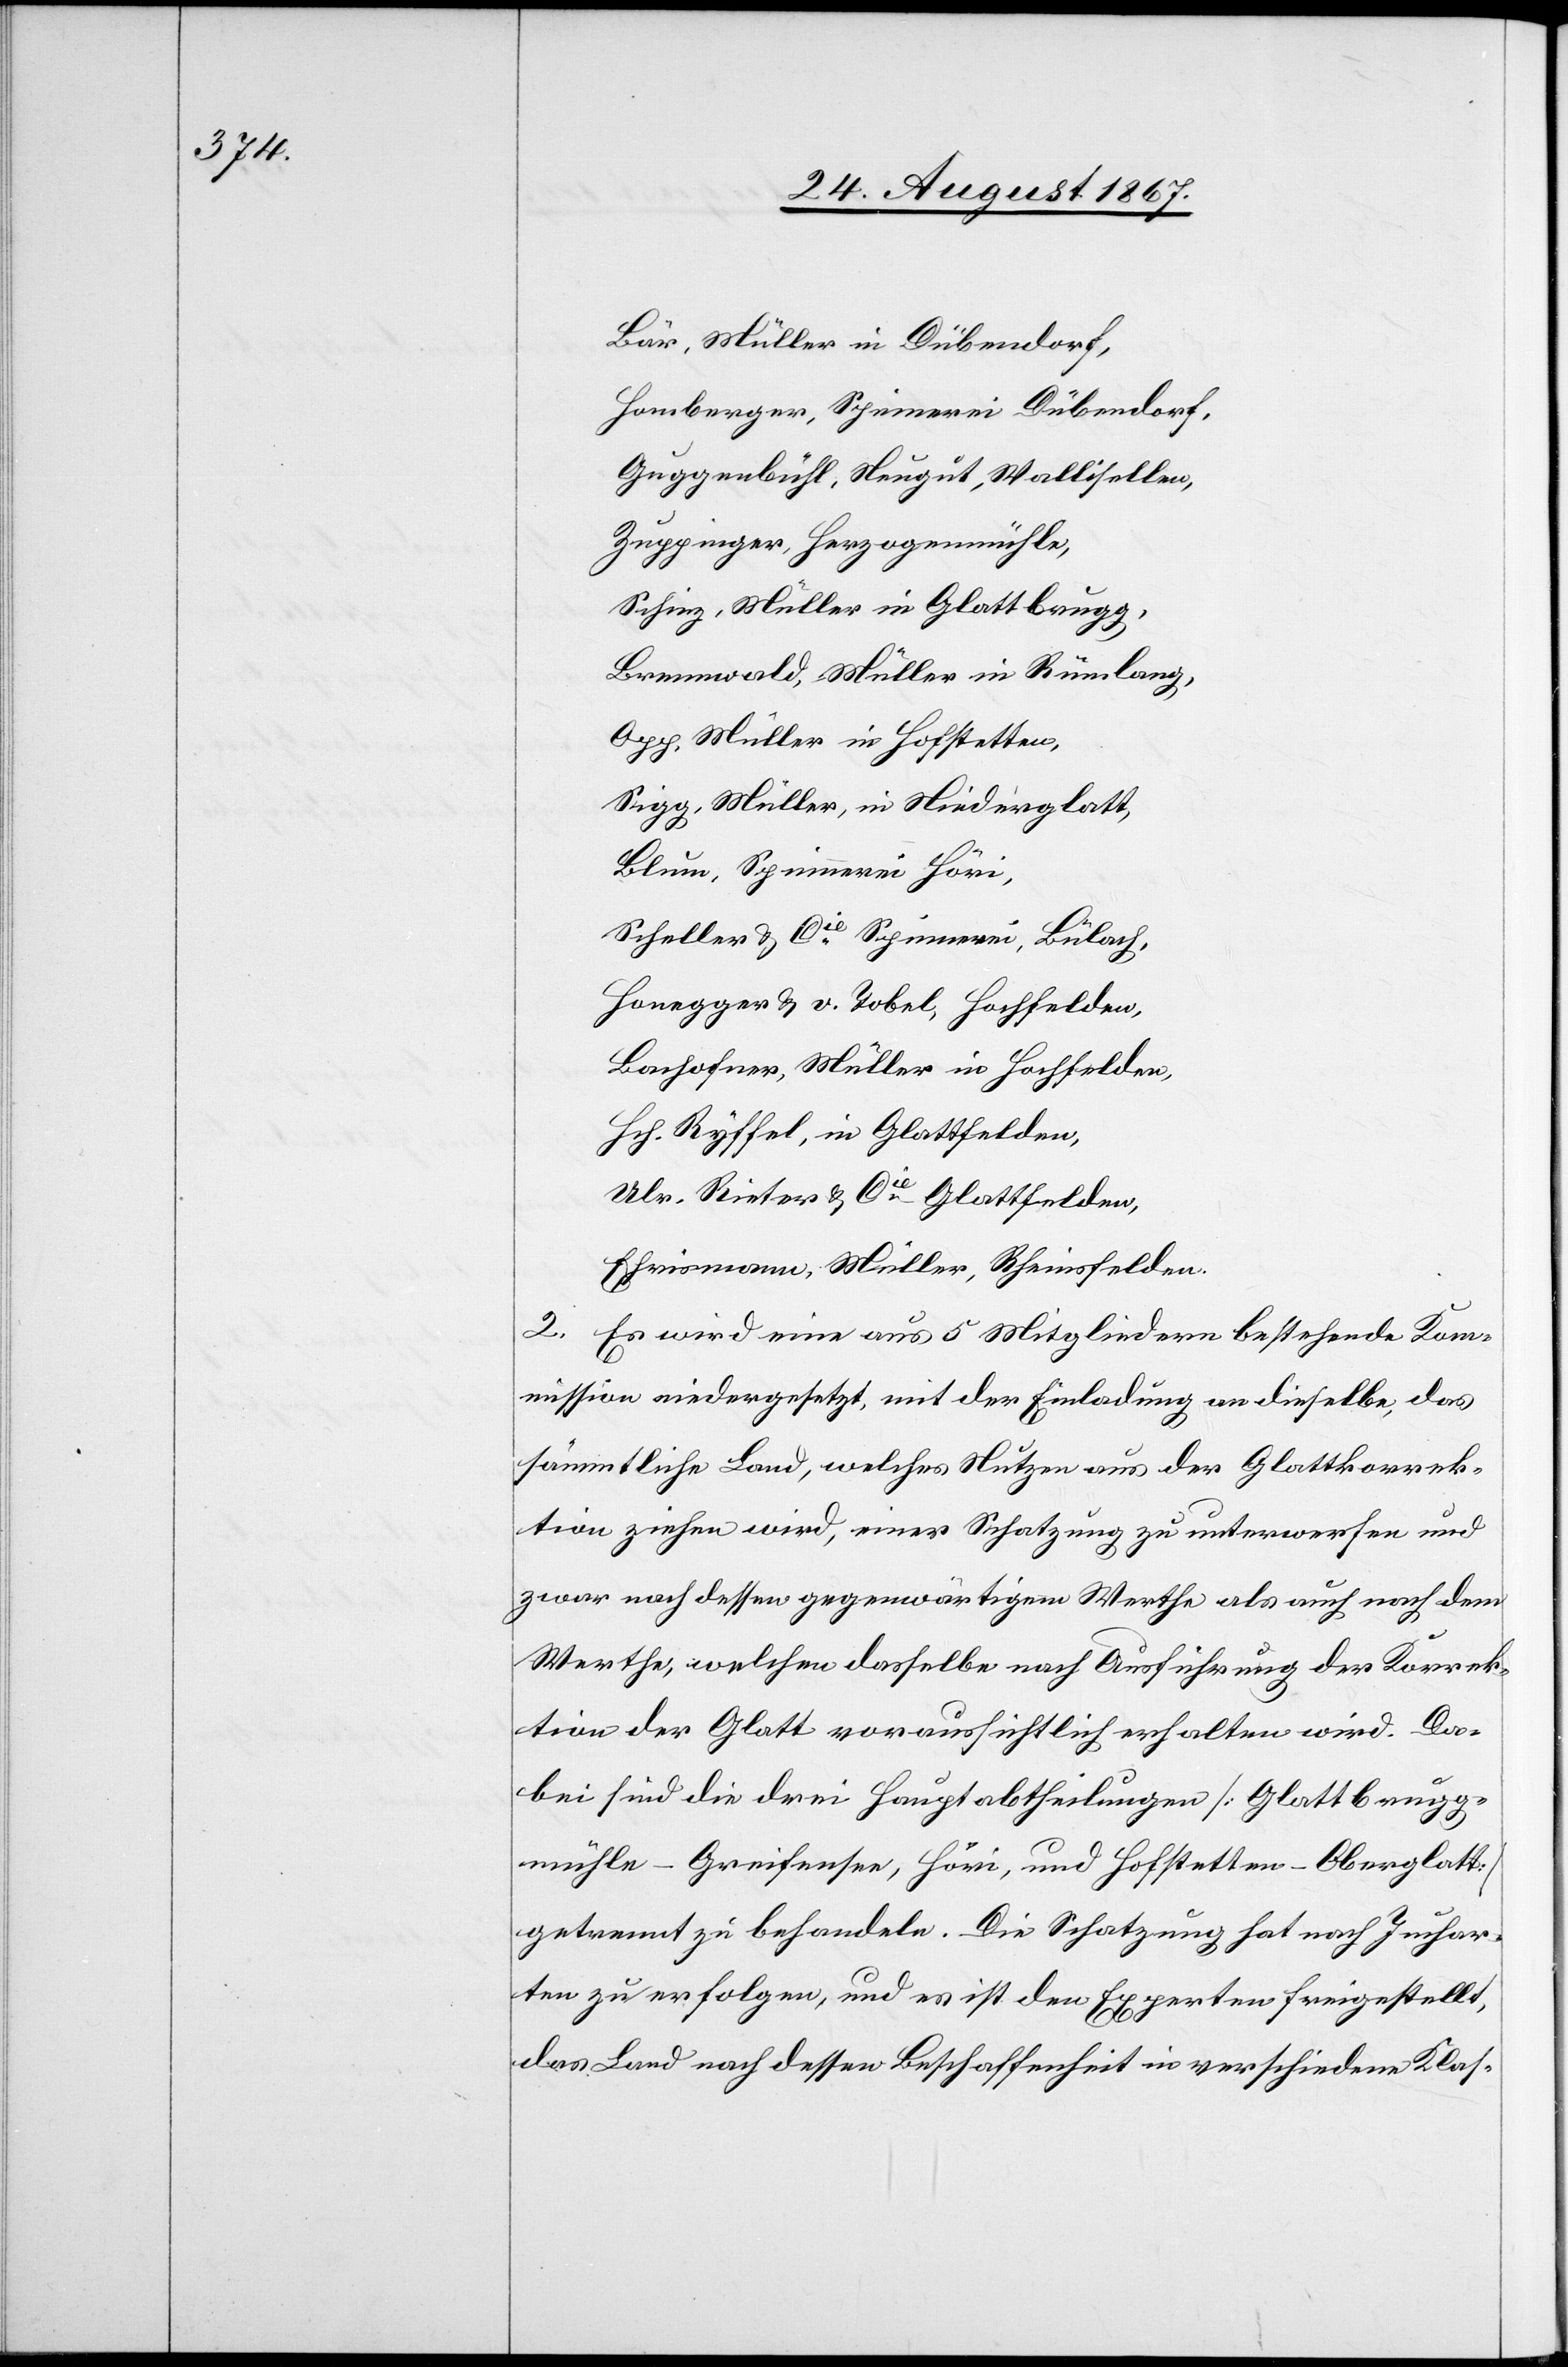
Bär, Müller in Dübendorf,
Homberger, Spinnerei, Dübendorf,
Guggenbühl, Neugut, Wallisellen,
Zuppinger, Herzogenmühle,
Schinz, Müller in Glattbrugg,
Brennwald, Müller in Rümlang,
App. Müller in Hofstetten,
Sigg, Müller, in Niederglatt,
Blum, Spinnerei Höri,
Scheller u. Cie. Spinnerei, Bülach,
Honegger u. v. Tobel, Hochfelden,
Bachofner, Müller in Hochfelden,
Hch. Ryffel, in Glattfelden,
Ulr. Rieter u. Cie., Glattfelden,
Ehrismann, Müller, Rheinsfelden.
2. Es wird eine aus 5 Mitgliedern bestehende Kom¬
mission niedergesetzt, mit der Einladung an dieselbe, das
sämmtliche Land, welches Nutzen aus der Glattkorrek¬
tion ziehen wird, eine Schatzung zu unterwerfen und
zwar nach dessen gegenwärtigem Werthe als auch nach dem
Werthe, welchen dasselbe nach Ausführung der Korrek¬
tion der Glatt voraussichtlich erhalten wird. Da¬
bei sind die drei Hauptabtheilungen [Glattbrugg¬
mühle–Greifensee, Höri und Hofstetten–Oberglatt]
getrennt zu behandeln. Die Schatzung hat nach Juchar¬
ten zu erfolgen, und es ist den Experten freigestellt,
das Land nach dessen Beschaffenheit in verschiedene Klas-